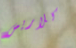
كلاريس